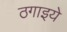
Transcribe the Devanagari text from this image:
ठगाइये